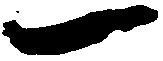
一